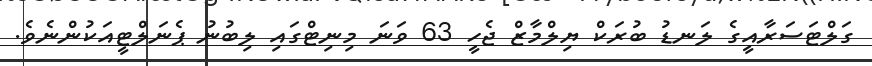
ގަލްޓަސަރާއީގެ ލަނޑު ބުރަކް ޔިލްމާޒް ޖެހީ 63 ވަނަ މިނިޓްގައި ލިބުނު ޕެނަލްޓީއަކުންނެވެ.